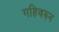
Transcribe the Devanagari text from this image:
गहिवरुन